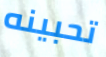
تحبينه